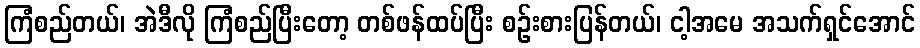
ကြံစည်တယ်၊ အဲဒီလို ကြံစည်ပြီးတော့ တစ်ဖန်ထပ်ပြီး စဉ်းစားပြန်တယ်၊ ငါ့အမေ အသက်ရှင်အောင်